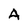
Character: A